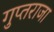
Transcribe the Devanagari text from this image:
गुप्तराजा